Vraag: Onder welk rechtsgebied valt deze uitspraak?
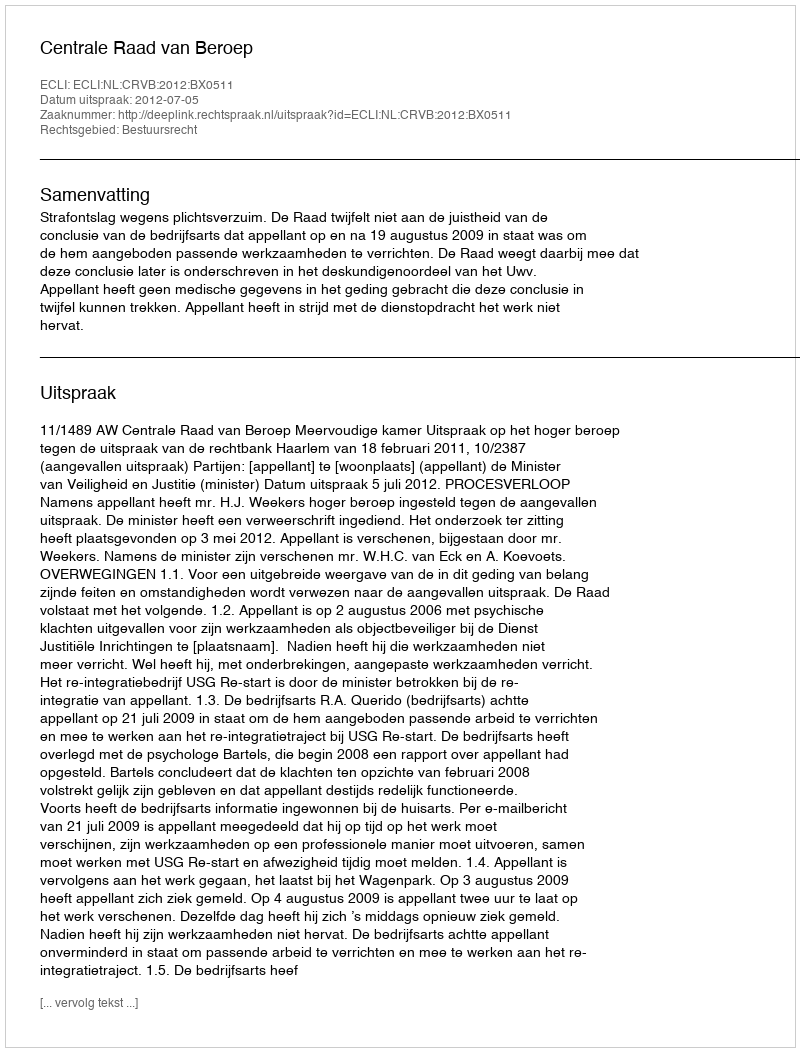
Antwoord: Bestuursrecht